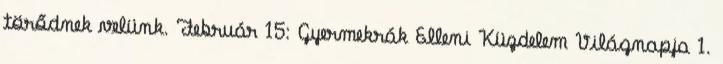
törődnek velünk. Február 15: Gyermekrák Elleni Küzdelem Világnapja 1.